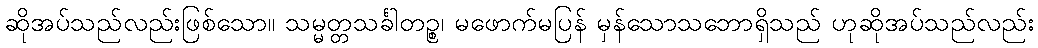
ဆိုအပ်သည်လည်းဖြစ်သော။ သမ္မတ္တသင်္ခါတဉ္စ၊ မဖောက်မပြန် မှန်သောသဘောရှိသည် ဟုဆိုအပ်သည်လည်း